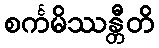
စင်္ကမိဿန္တီတိ